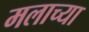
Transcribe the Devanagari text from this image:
मलाच्या